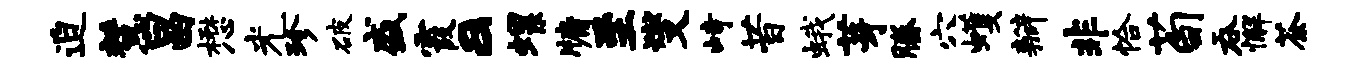
迫慧昌懋光珍破盛霞a螺牖至燮峙昔蛾芽腾穴蠖瓣非恰荀吞懈荼